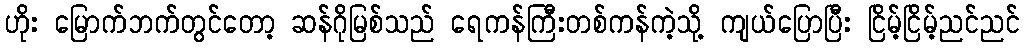
ဟိုး မြောက်ဘက်တွင်တော့ ဆန်ဂိုမြစ်သည် ရေကန်ကြီးတစ်ကန်ကဲ့သို့ ကျယ်ပြောပြီး ငြိမ့်ငြိမ့်ညင်ညင်